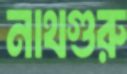
নাথগুরু